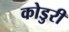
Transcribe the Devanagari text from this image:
कोडुरी